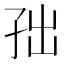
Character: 𱙹